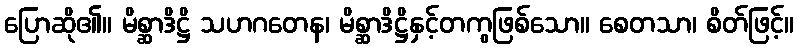
ပြောဆို၏။ မိစ္ဆာဒိဋ္ဌိ သဟဂတေန၊ မိစ္ဆာဒိဋ္ဌိနှင့်တကွဖြစ်သော။ စေတသာ၊ စိတ်ဖြင့်။